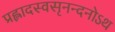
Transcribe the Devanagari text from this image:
प्रह्लादस्वसृनन्दनोऽथ